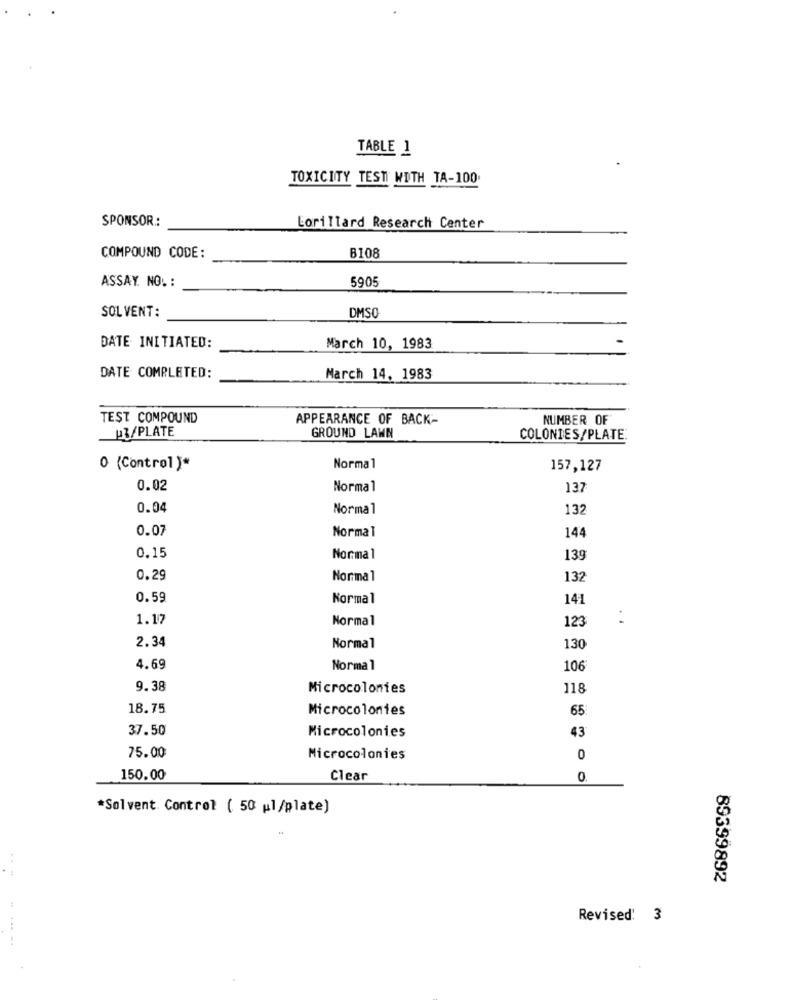
TABLE 1
TOXICITY TEST WITH TA-100
SPONSOR .:
Lorillard Research Center
COMPOUND CODE:
B108
5905
ASSAY. NO. :
DMSO
SOL VENT:
DATE INITIATED:
March 10, 1983
DATE COMPLETED:
March 14, 1983
TEST COMPOUND
APPEARANCE OF BACK-
NUMBER OF
P3/PLATE
GROUND LAWN
COLONIES/PLATE
0 (Control )*
Normal
157,127
0.02
Normal
137
0.04
Normal
132
0.07
Normal
144
0.15
Normal
139
0.29
Normal
132
0.59
Normal
141
1.17
Normal
123
2.34
Normal
130
4.69
Normal
106
9.38
Microcolonies
118
18.75
Microcolonies
65
37.50
43
Microcolonies
75.00
Microcolonies
0
150.00
Clear
0
*Solvent Control ( 50 ul/plate)
89399892
Revised: 3